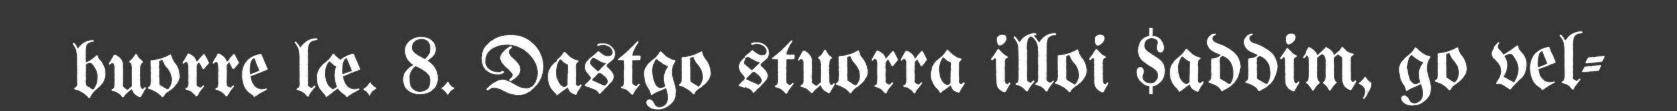
buorre læ. 8. Dastgo stuorra illoi $addim, go vel-